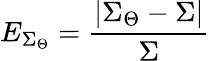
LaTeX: E_{\Sigma_{\Theta}}=\frac{|\Sigma_{\Theta}-\Sigma|}{\Sigma}